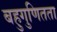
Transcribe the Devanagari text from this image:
बहुगुणितता